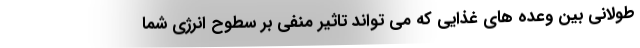
طولانی بین وعده های غذایی که می تواند تاثیر منفی بر سطوح انرژی شما